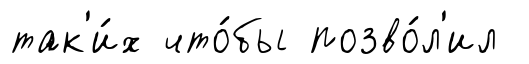
так'и́х что́бы позво́л'ил